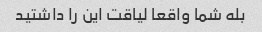
بله شما واقعا لیاقت این را داشتید